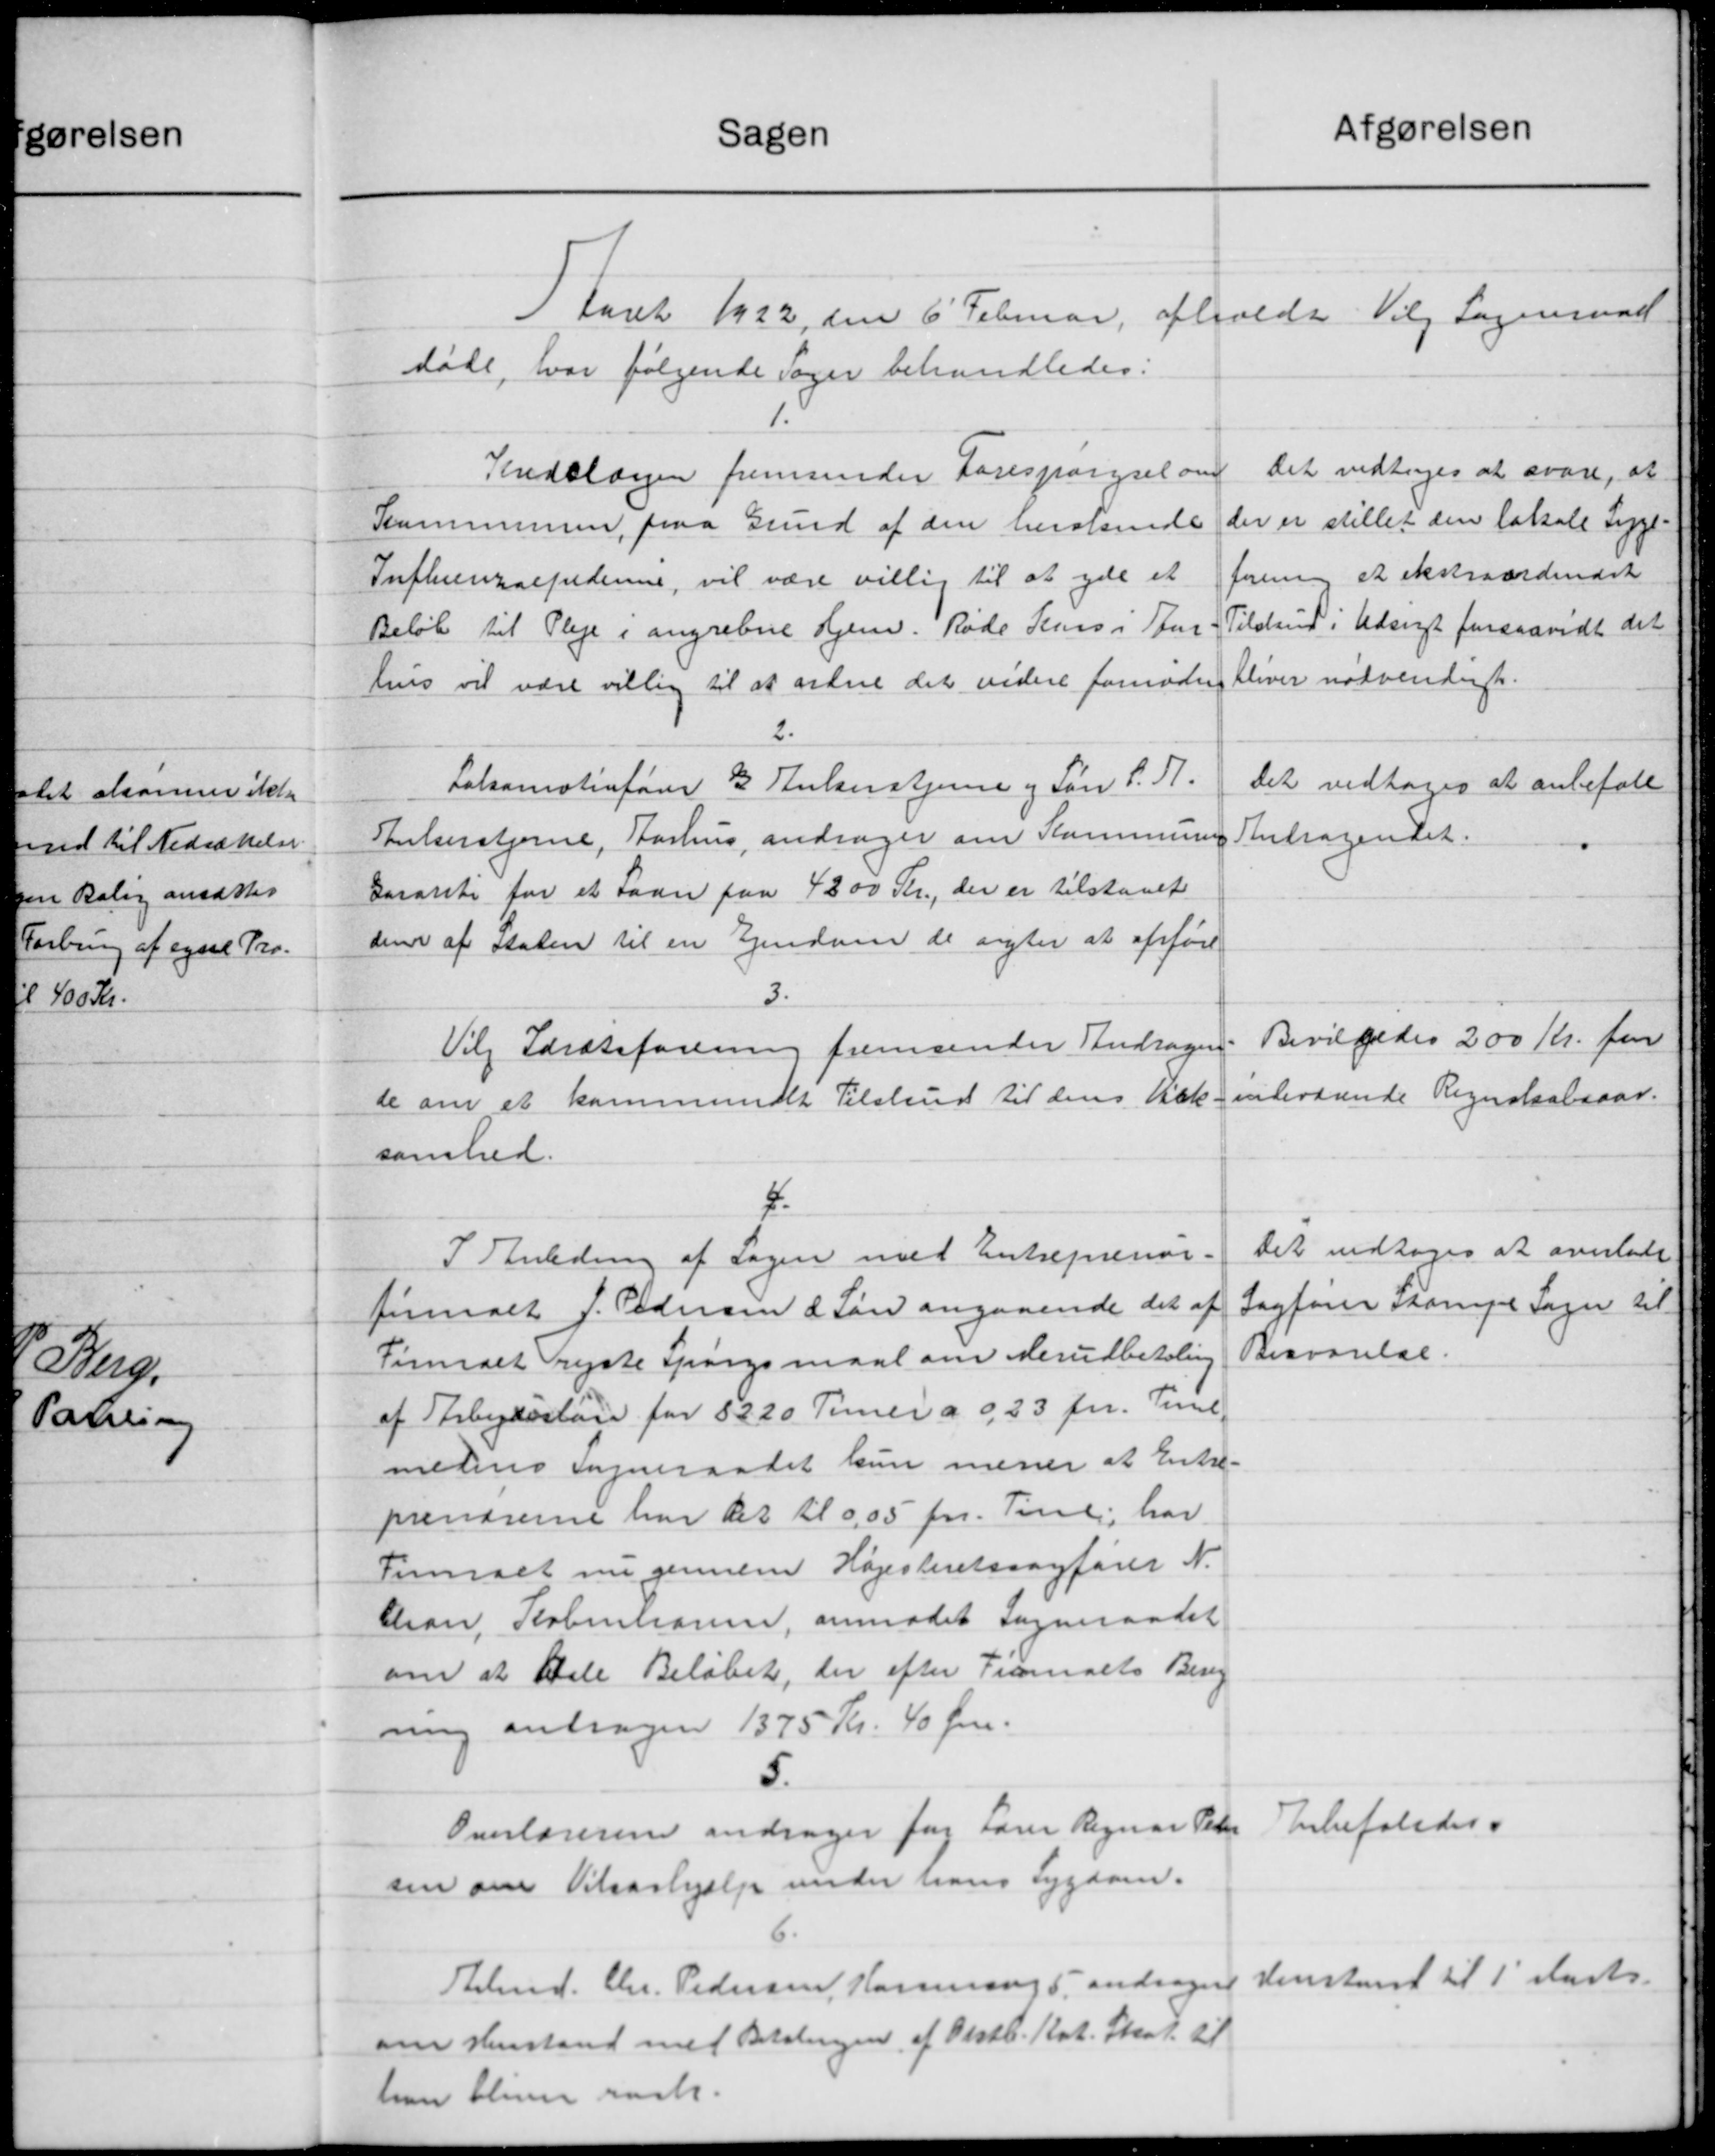
Transskription:
Afgørelsen
Sagen
1 Aaret 1922 den 6' Februar afholdt Valg Sogneraad
døde, hvor følgende Sager behandledes:
Det vedtoges at svare, at
Sindslangen fremsender Forespørgsel om
der er stillet den lokale Syge-
Kommunen paa Grund af den heralsende
forening at ekstraordinært
Sufleeneralprederne, vil være villig til at yde et
Tilskud i Udsigt forsaavidt det
Beløb til Pleje i angrebne Hjem. Røde Jens i Ster
bliver nødvendigt.
hus vil være villig til at arkne det videre fornødne
2.
Det vedtoges at anbefale
Lakamatinfører B Kulsenstjerne og Søn S. A.
Andragendet.
Snkerstjerne, Aarhus andrager om Kommunens
Garanti for et Laan paa 4300 Kr., der er tilstaaet
den af Staten til en Ejendom de sigter at opføre
3.
Bevilgedes 200 Kr. for
Vilg Idrætsforening fremsender Andrager
de om et kommunalt Tilskud til dens Alk-indeværende Regnskabsaar.
somhed.
4
Det vedtoges at overlade
I Anledning af Sagen med Entreprenør-
Sagfører Stampe Sogn til
firmalt J. Pedersen & Løn angaaende det af
Besvarelse.
Timalt rejste Spørgsmaal om derudbetaling
af Arbydøslage for 8220 Timer a 9, 23 pr. Time.
medens Sogneraadet kun mener at Entre-
prenørerne har Ret til 0,05 pr. Tiuli, har
Timralt nu gennem Højesteretssagfører N.
Cran. København, anmodet Sogneraadet
om at Dele Beløbet, der efter Timalts Berg
ning andragen 1375 Kr. 40 Øre.
5.
Anbefaledes.
Overlæreren andrager for Lærer Regnar Peter
sen om Tilsashjælp under hans Sygdom.
Henstent til 1' Marts.
Arbmd. Chr. Pedersen, Korning 5 andrager
om Henstand med Betalingen af Oktb. Kort. Skat til
han bliver rask.